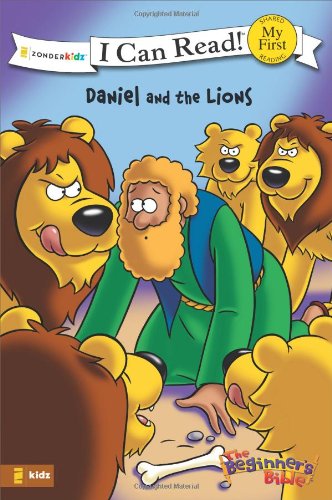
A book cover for Daniel and the Lions (I Can Read! / The Beginner's Bible); Christian Books & Bibles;